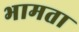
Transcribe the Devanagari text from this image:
भामता